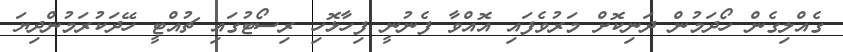
ގެއްލިގެން ހޯދަމުން ދަނިކޮށް މަރުވެފައި އޮއްވާ ފެނުނީ ފިހާޅޮހި ރިސޯޓުގައި ޗުއްޓީ ހޭދަކުރަމުންދިޔަ